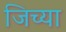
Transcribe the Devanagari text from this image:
जिच्‍या